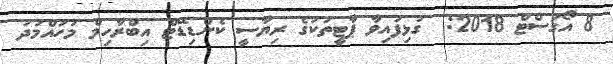
8 އޯގަސްޓް 2018:  ގުޅިފައިވާ ޕާޓީތަކުގެ ރިޔާސީ ކެންޑިޑޭޓް އިބްރާހިމް މުހައްމަދު